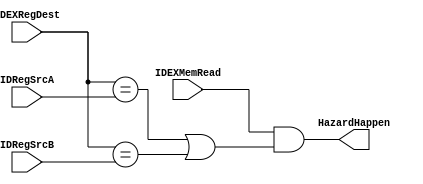
`timescale 1ns / 1ps
//////////////////////////////////////////////////////////////////////////////////
// Company: 
// 
// Design Name: 
// Module Name: HazardUnit
// Project Name: 
// Target Devices: 
// Tool Versions: 
// Description: 
// 
// Dependencies: 
// 
// Revision:
// Revision 0.01 - File Created
// Additional Comments:
// 
//////////////////////////////////////////////////////////////////////////////////

module HazardUnit(
	input wire IDEXMemRead,
	input wire [5:0]IDEXRegDest,
	input wire [5:0]IDRegSrcA,
	input wire [5:0]IDRegSrcB,
	output reg HazardHappen
);
always @(*) begin
	HazardHappen<=IDEXMemRead && (IDEXRegDest==IDRegSrcA || IDEXRegDest==IDRegSrcB);
end
endmodule